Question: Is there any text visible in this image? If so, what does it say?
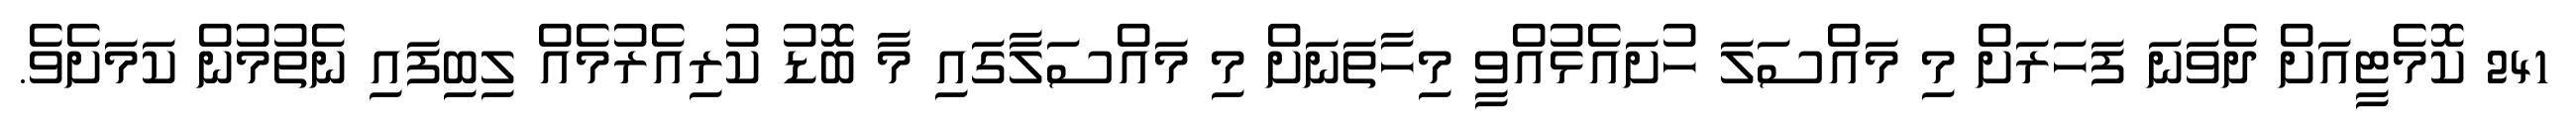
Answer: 241 ކޮމެޓީއަށް ދެވަނަ ފަހަރަށް މި މައްސަލަ ހުށައެޅުއްވީ މިހާތަނަށް މި މައްސަލާގައި މާ ބޮޑު ކުރިއެރުމެއް ލިބިފައި ނެތުމުން ކަމަށެވެ.